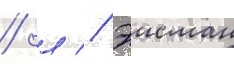
/ л // Эисман